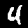
Label: 4